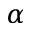
\alpha